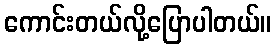
ကောင်းတယ်လို့ပြောပါတယ်။